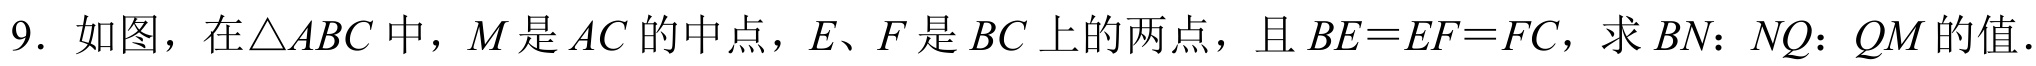
9. 如图，在\(\triangle ABC\)中，\(M\)是\(AC\)的中点，\(E、F\)是\(BC\)上的两点，且\(BE = EF = FC\)，求\(BN：NQ：QM\)的值．